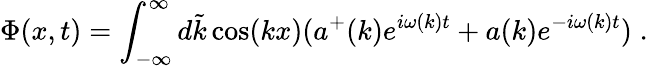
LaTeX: \Phi(x,t)=\int_{-\infty}^{\infty}d\tilde{k}\cos(kx)(a^{+}(k)e^{i\omega(k)t}+a(k)e^{-i\omega(k)t})\; .